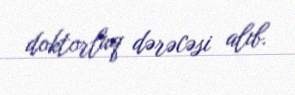
doktorluq dərəcəsi alıb.